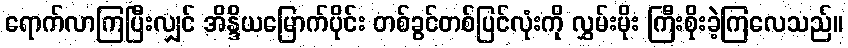
ရောက်လာကြပြီးလျှင် အိန္ဒိယမြောက်ပိုင်း တစ်ခွင်တစ်ပြင်လုံးကို လွှမ်းမိုး ကြီးစိုးခဲ့ကြလေသည်။